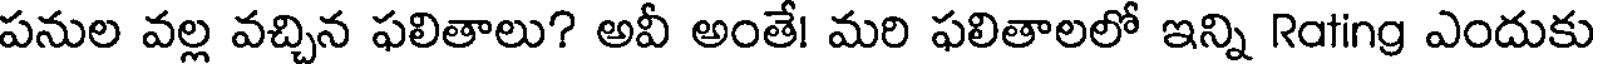
పనుల వల్ల వచ్చిన ఫలితాలు? అవీ అంతే! మరి ఫలితాలలో ఇన్ని Rating ఎందుకు